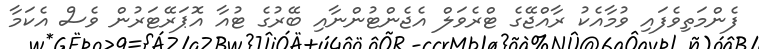
ފެންމަތިވެފައި ވުމާއެކު ރާއްޖޭގެ ޓްރެވަލް އެޖެންޓުންނާއި ބޭރުގެ ޓުއާ އޮޕަރޭޓަރުން ވެސް އެކަމާ